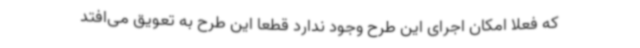
که فعلا امکان اجرای این طرح وجود ندارد قطعا این طرح به تعویق می‌افتد